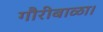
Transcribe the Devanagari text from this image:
गौरीबाळा।